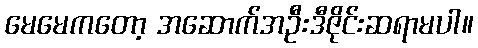
မေမေကတော့ အဆောက်အဦးဒီဇိုင်းဆရာမပါ။